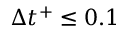
\Delta t ^ { + } \leq 0 . 1